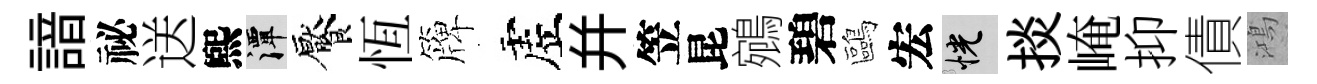
諳祕送煕潭饜恆簰虗幷笠昆鵷碧鷗宏恍掞崦抑債鴻